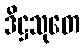
ဒိဋ္ဌသုတေ